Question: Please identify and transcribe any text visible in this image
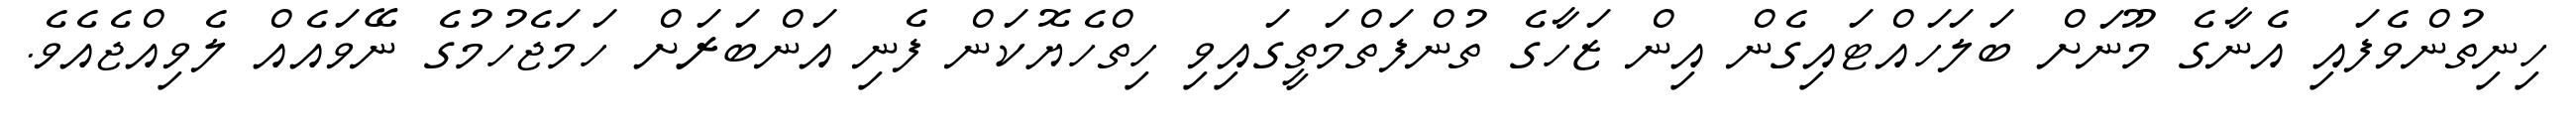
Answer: ހިނިތުންވެފައި އެނާގެ މޫނަށް ބަލަހައްޓައިގެން އިން ޒަހާގެ ތުންފަތްމަތީގައިވި ހިތްހެޔޮކަން ފެނި އަންބަރަށް ހަމަޖެހުމުގެ ނޭވައެއް ލެވިއްޖެއެވެ.